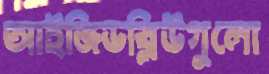
আইজিডব্লিউগুলো